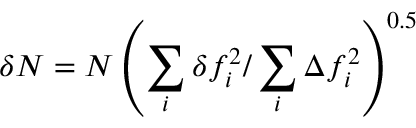
\delta { N } = N \left( \sum _ { i } \delta { f _ { i } ^ { 2 } } / \sum _ { i } \Delta { f _ { i } ^ { 2 } } \right) ^ { 0 . 5 }